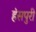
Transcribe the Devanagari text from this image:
हंसपुरी